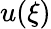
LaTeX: u(\xi)